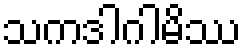
သကဒါဂါမိဿ